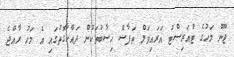
ޖޫން މަހުގެ ޓުއަރިސްޓު އަރައިވަލް ތަފާސް ހިސާބުތަކުން ދައްކާގޮތުގައި އެ މަހު ރާއްޖެ